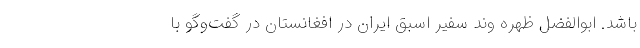
باشد. ابوالفضل ظهره وند سفیر اسبق ایران در افغانستان در گفت‌وگو با